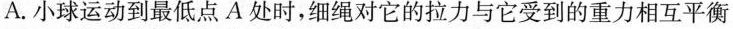
A.小球运动到最低点A处时，细绳对它的拉力与它受到的重力相互平衡